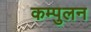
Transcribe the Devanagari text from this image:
कम्पुलन